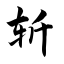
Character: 斩